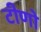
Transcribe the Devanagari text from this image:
टीणो